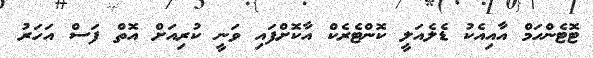
ޓޮޓެންހަމް އާއިއެކު ޑެލެއަލީ ކޮންޓެރެކް އާކޮށްފައި ވަނީ ކުރިއަށް އޮތް ފަސް އަހަރު